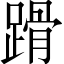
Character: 𨃴